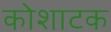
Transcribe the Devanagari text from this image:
कोशाटक